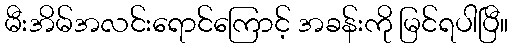
မီးအိမ်အလင်းရောင်ကြောင့် အခန်းကို မြင်ရပါပြီ။